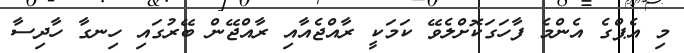
މި އެޕްގެ އެންމެ ފާހަގަކޮށްލެވޭ ކަމަކީ ރާއްޖެއާއި ރާއްޖޭން ބޭރުގައި ހިނގާ ހާދިސާ